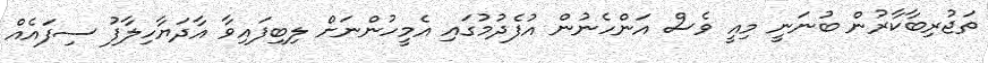
ތަޖުރިބާކާރުން ބުނަނީ މިއީ ވެސް އަންހެނުން އުފެދުމުގައި އެމީހުންނަށް ލިބިފައިވާ އާދަޔާހިލާފު ސިފައެއް